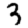
Digit: 3